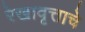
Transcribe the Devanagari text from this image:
रेखावृत्ताचे